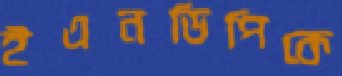
ইএনডিপিকে